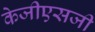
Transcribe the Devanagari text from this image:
केजीएसजी